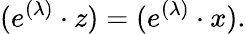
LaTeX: (e^{(\lambda)}\cdot z)=(e^{(\lambda)}\cdot x).